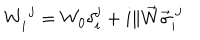
LaTeX: W _ { i } ^ { ~ j } = W _ { 0 } \delta _ { i } ^ { j } + i \| \vec { W } \vec { \sigma } _ { i } ^ { ~ j }